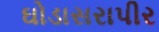
ઘોડાસરાપીર